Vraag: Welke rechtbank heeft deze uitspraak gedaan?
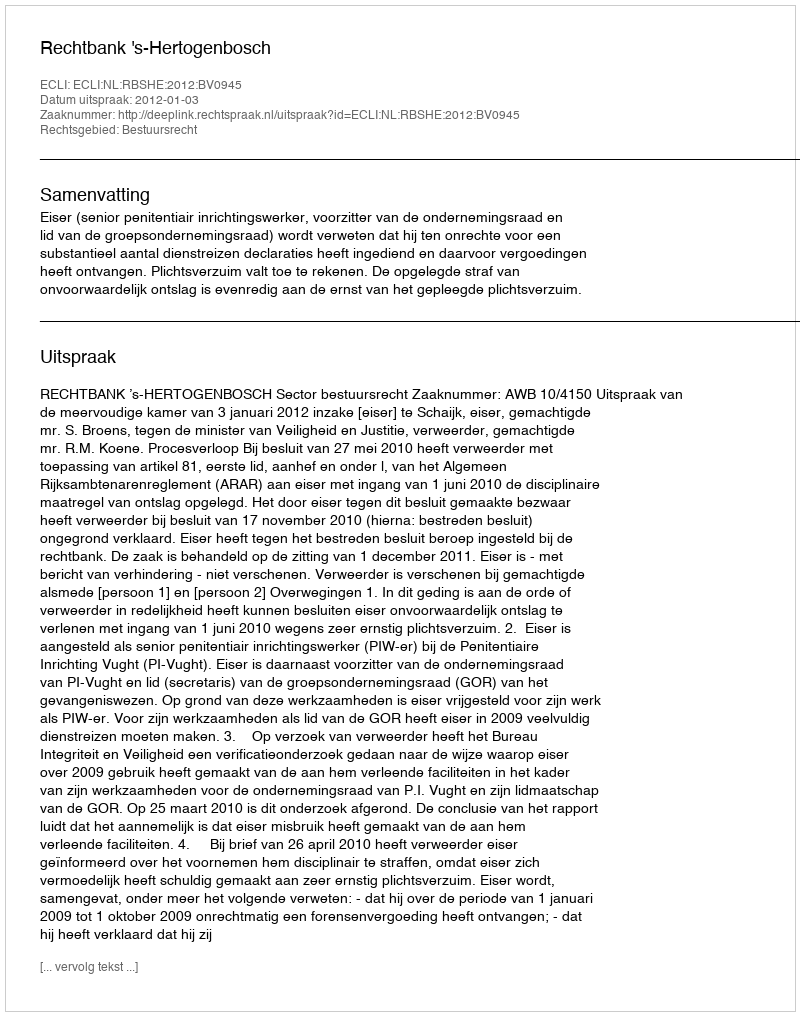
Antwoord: Rechtbank 's-Hertogenbosch